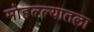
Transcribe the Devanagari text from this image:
मोहल्ल्यातला